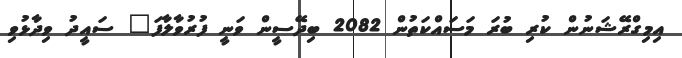
އިމިގްރޭޝަނުން ކުރި ބުރަ މަސައްކަތުން 2082 ބިދޭސީން ވަނީ ފުރުވާލާފަ" ސައީދު ވިދާޅުވި